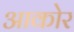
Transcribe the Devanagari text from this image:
आकोर